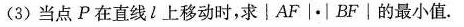
(3)当点P在直线l上移动时，求\left|AF \right| \cdot \left|BF \right|的最小值。